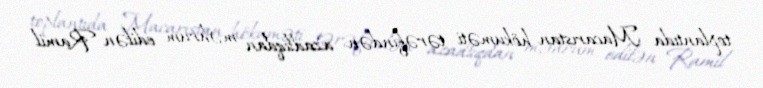
toplantıda Macarıstan hökuməti tərəfindən azadlıqdan məhrum edilən Ramil